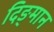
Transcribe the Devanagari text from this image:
दिङ्‌मान